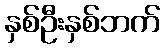
နှစ်ဦးနှစ်ဘက်